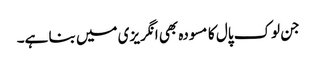
جن لوک پال کا مسودہ بھی انگریزی میں بنا ہے۔